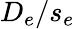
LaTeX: D_{e}/s_{e}